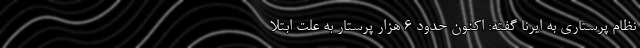
نظام پرستاری به ایرنا گفته: اکنون حدود ۶ هزار پرستار به علت ابتلا